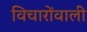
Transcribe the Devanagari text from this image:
विचारोंवाली